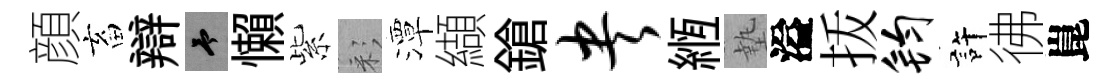
顔畜辯予懶紫彩潭纈鎗央縆墊溢㧞钧許彿崑